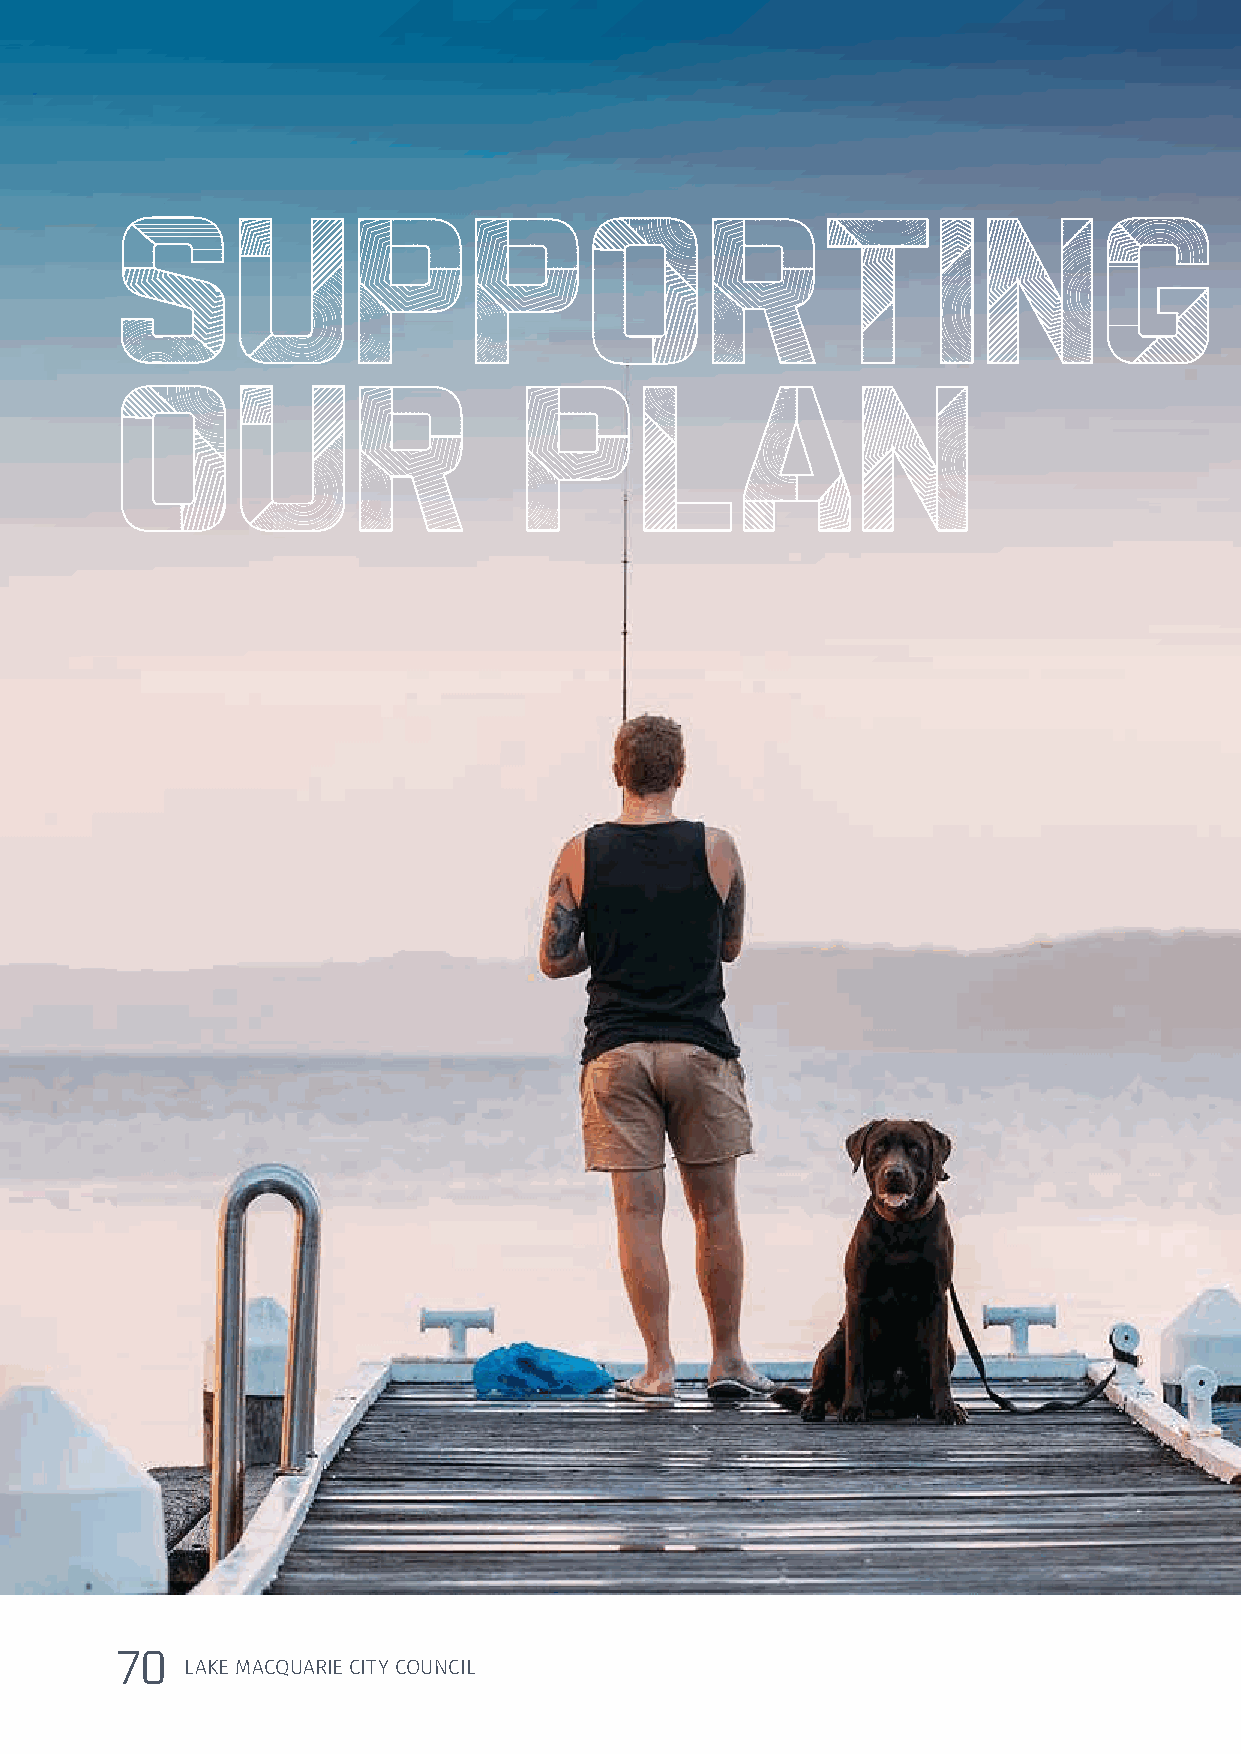
SUPPORTING
 OUR                       PLAN
 70
 LAKE MACQUARIE CITY COUNCIL